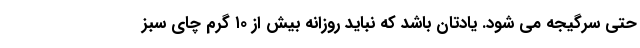
حتی سرگیجه می شود. یادتان باشد که نباید روزانه بیش از ۱۰ گرم چای سبز